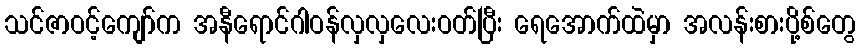
သင်ဇာဝင့်ကျော်က အနီရောင်ဂါဝန်လှလှလေးဝတ်ပြီး ရေအောက်ထဲမှာ အလန်းစားပို့စ်တွေ